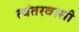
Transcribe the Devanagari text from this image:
त्यंतरवासी